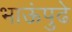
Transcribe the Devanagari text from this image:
भाऊंपुढे